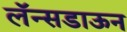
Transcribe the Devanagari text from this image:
लॅन्सडाऊन